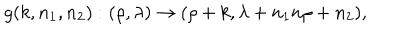
LaTeX: g ( k , n _ { 1 } , n _ { 2 } ) : ( \rho , \lambda ) \rightarrow ( \rho + k , \lambda + n _ { 1 } n \rho + n _ { 2 } ) ,